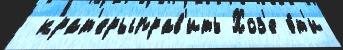
 крат'ерыправ'ить Хоз'е э́т'и